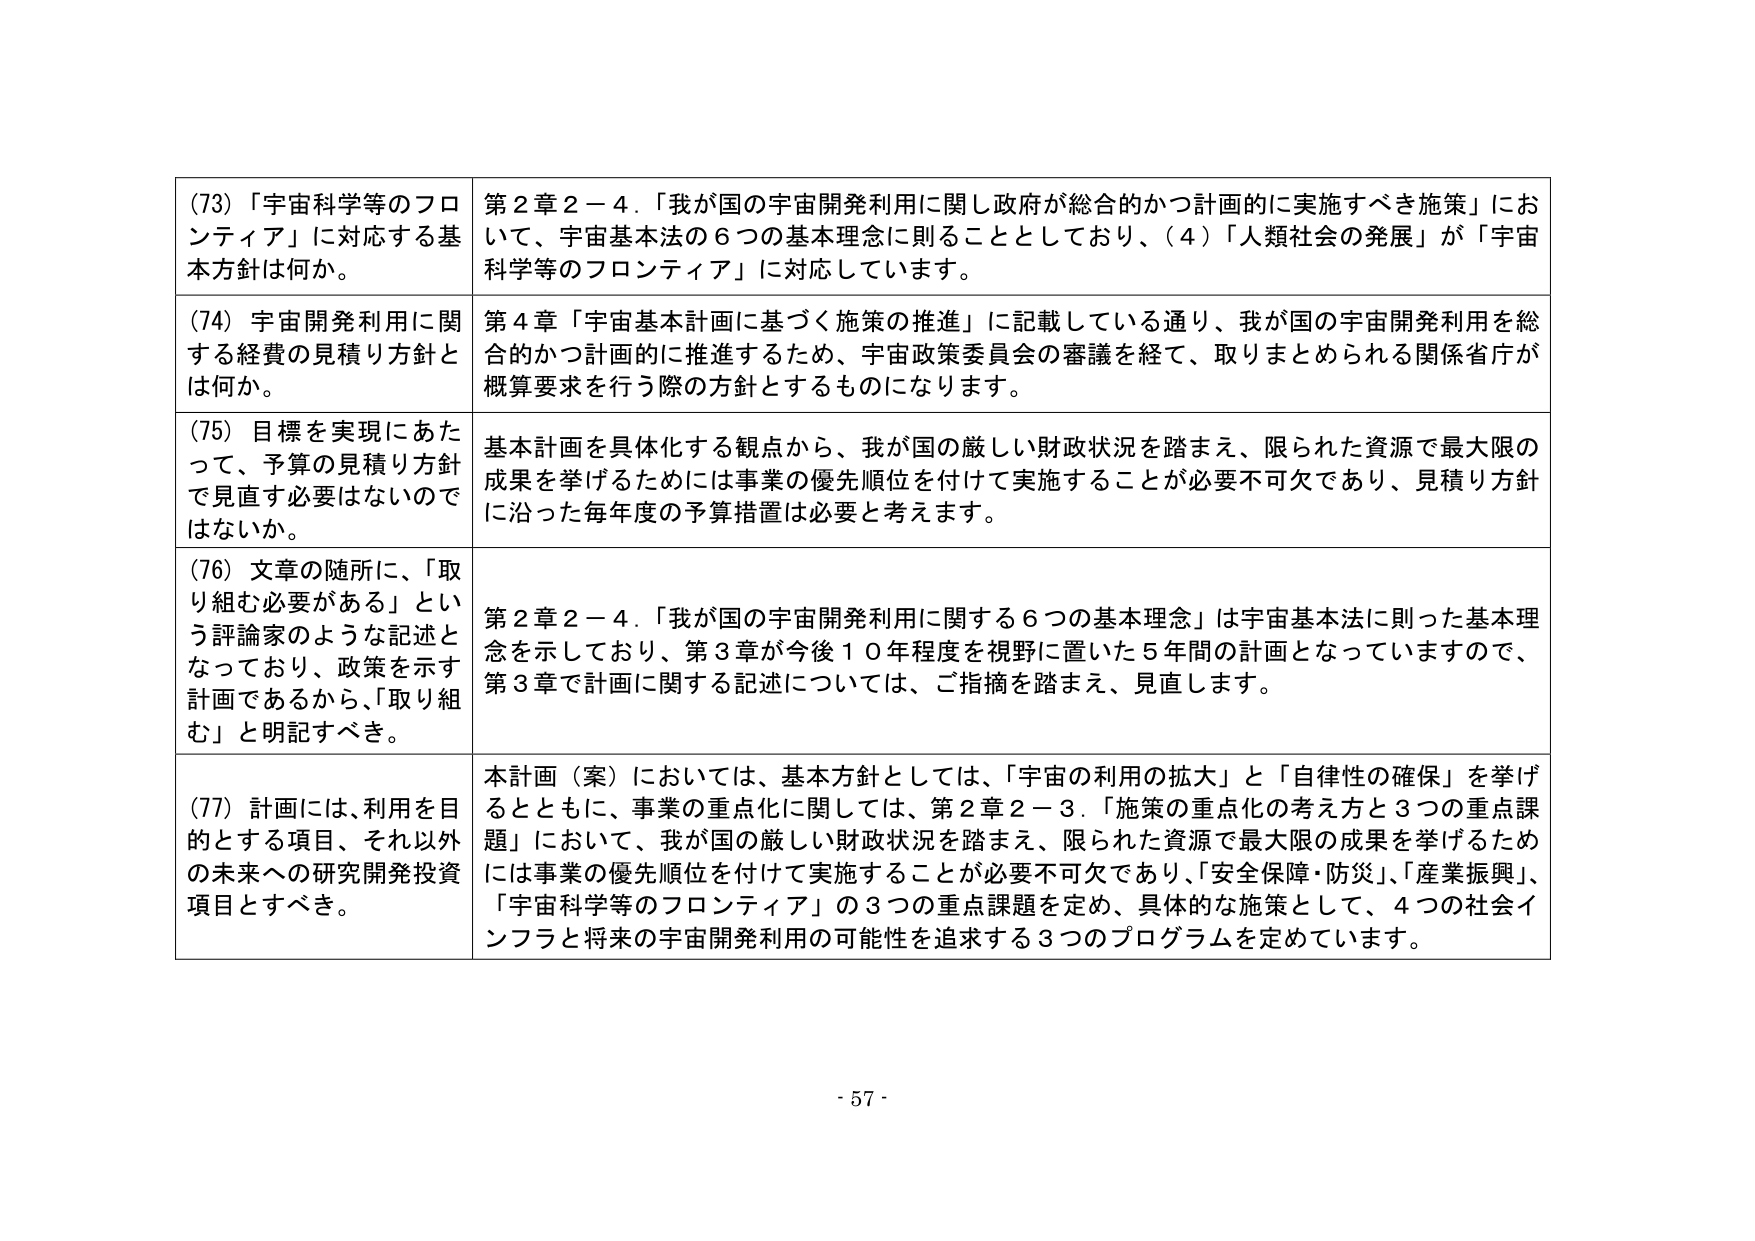
(73) 「宇宙科学等のフロンティア」に対応する基本方針は何か。

第２章２－４．「我が国の宇宙開発利用に関し政府が総合的かつ計画的に実施すべき施策」において、宇宙基本法の６つの基本理念に則ることとしており、（４）「人類社会の発展」が「宇宙科学等のフロンティア」に対応しています。

(74) 宇宙開発利用に関する経費の見積り方針とは何か。

第４章「宇宙基本計画に基づく施策の推進」に記載している通り、我が国の宇宙開発利用を総合的かつ計画的に推進するため、宇宙政策委員会の審議を経て、取りまとめられる関係省庁が概算要求を行う際の方針とするものになります。

(75) 目標を実現にあたって、予算の見積り方針で見直す必要はないのではないか。

基本計画を具体化する観点から、我が国の厳しい財政状況を踏まえ、限られた資源で最大限の成果を挙げるためには事業の優先順位を付けて実施することが必要不可欠であり、見積り方針に沿った毎年度の予算措置は必要と考えます。

(76) 文章の随所に、「取り組む必要がある」という評論家のような記述となっており、政策を示す計画であるから、「取り組む」と明記すべき。

第２章２－４．「我が国の宇宙開発利用に関する６つの基本理念」は宇宙基本法に則った基本理念を示しており、第３章が今後１０年程度を視野に置いた５年間の計画となっていますので、第３章で計画に関する記述については、ご指摘を踏まえ、見直します。

(77) 計画には、利用を目的とする項目、それ以外の未来への研究開発投資項目とすべき。

本計画（案）においては、基本方針としては、「宇宙の利用の拡大」と「自律性の確保」を挙げるとともに、事業の重点化に関しては、第２章２－３．「施策の重点化の考え方と３つの重点課題」において、我が国の厳しい財政状況を踏まえ、限られた資源で最大限の成果を挙げるためには事業の優先順位を付けて実施することが必要不可欠であり、「安全保障・防災」、「産業振興」、「宇宙科学等のフロンティア」の３つの重点課題を定め、具体的な施策として、４つの社会インフラと将来の宇宙開発利用の可能性を追求する３つのプログラムを定めています。

- 57 -